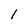
Character: 1